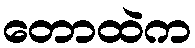
တောထဲက